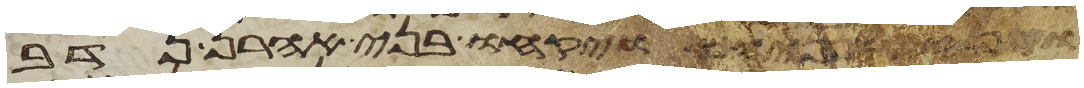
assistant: על פניהם ויקחו בני אהרן נדב